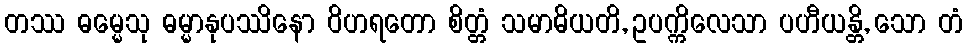
တဿ ဓမ္မေသု ဓမ္မာနုပဿိနော ဝိဟရတော စိတ္တံ သမာဓိယတိ, ဥပက္ကိလေသာ ပဟီယန္တိ, သော တံ